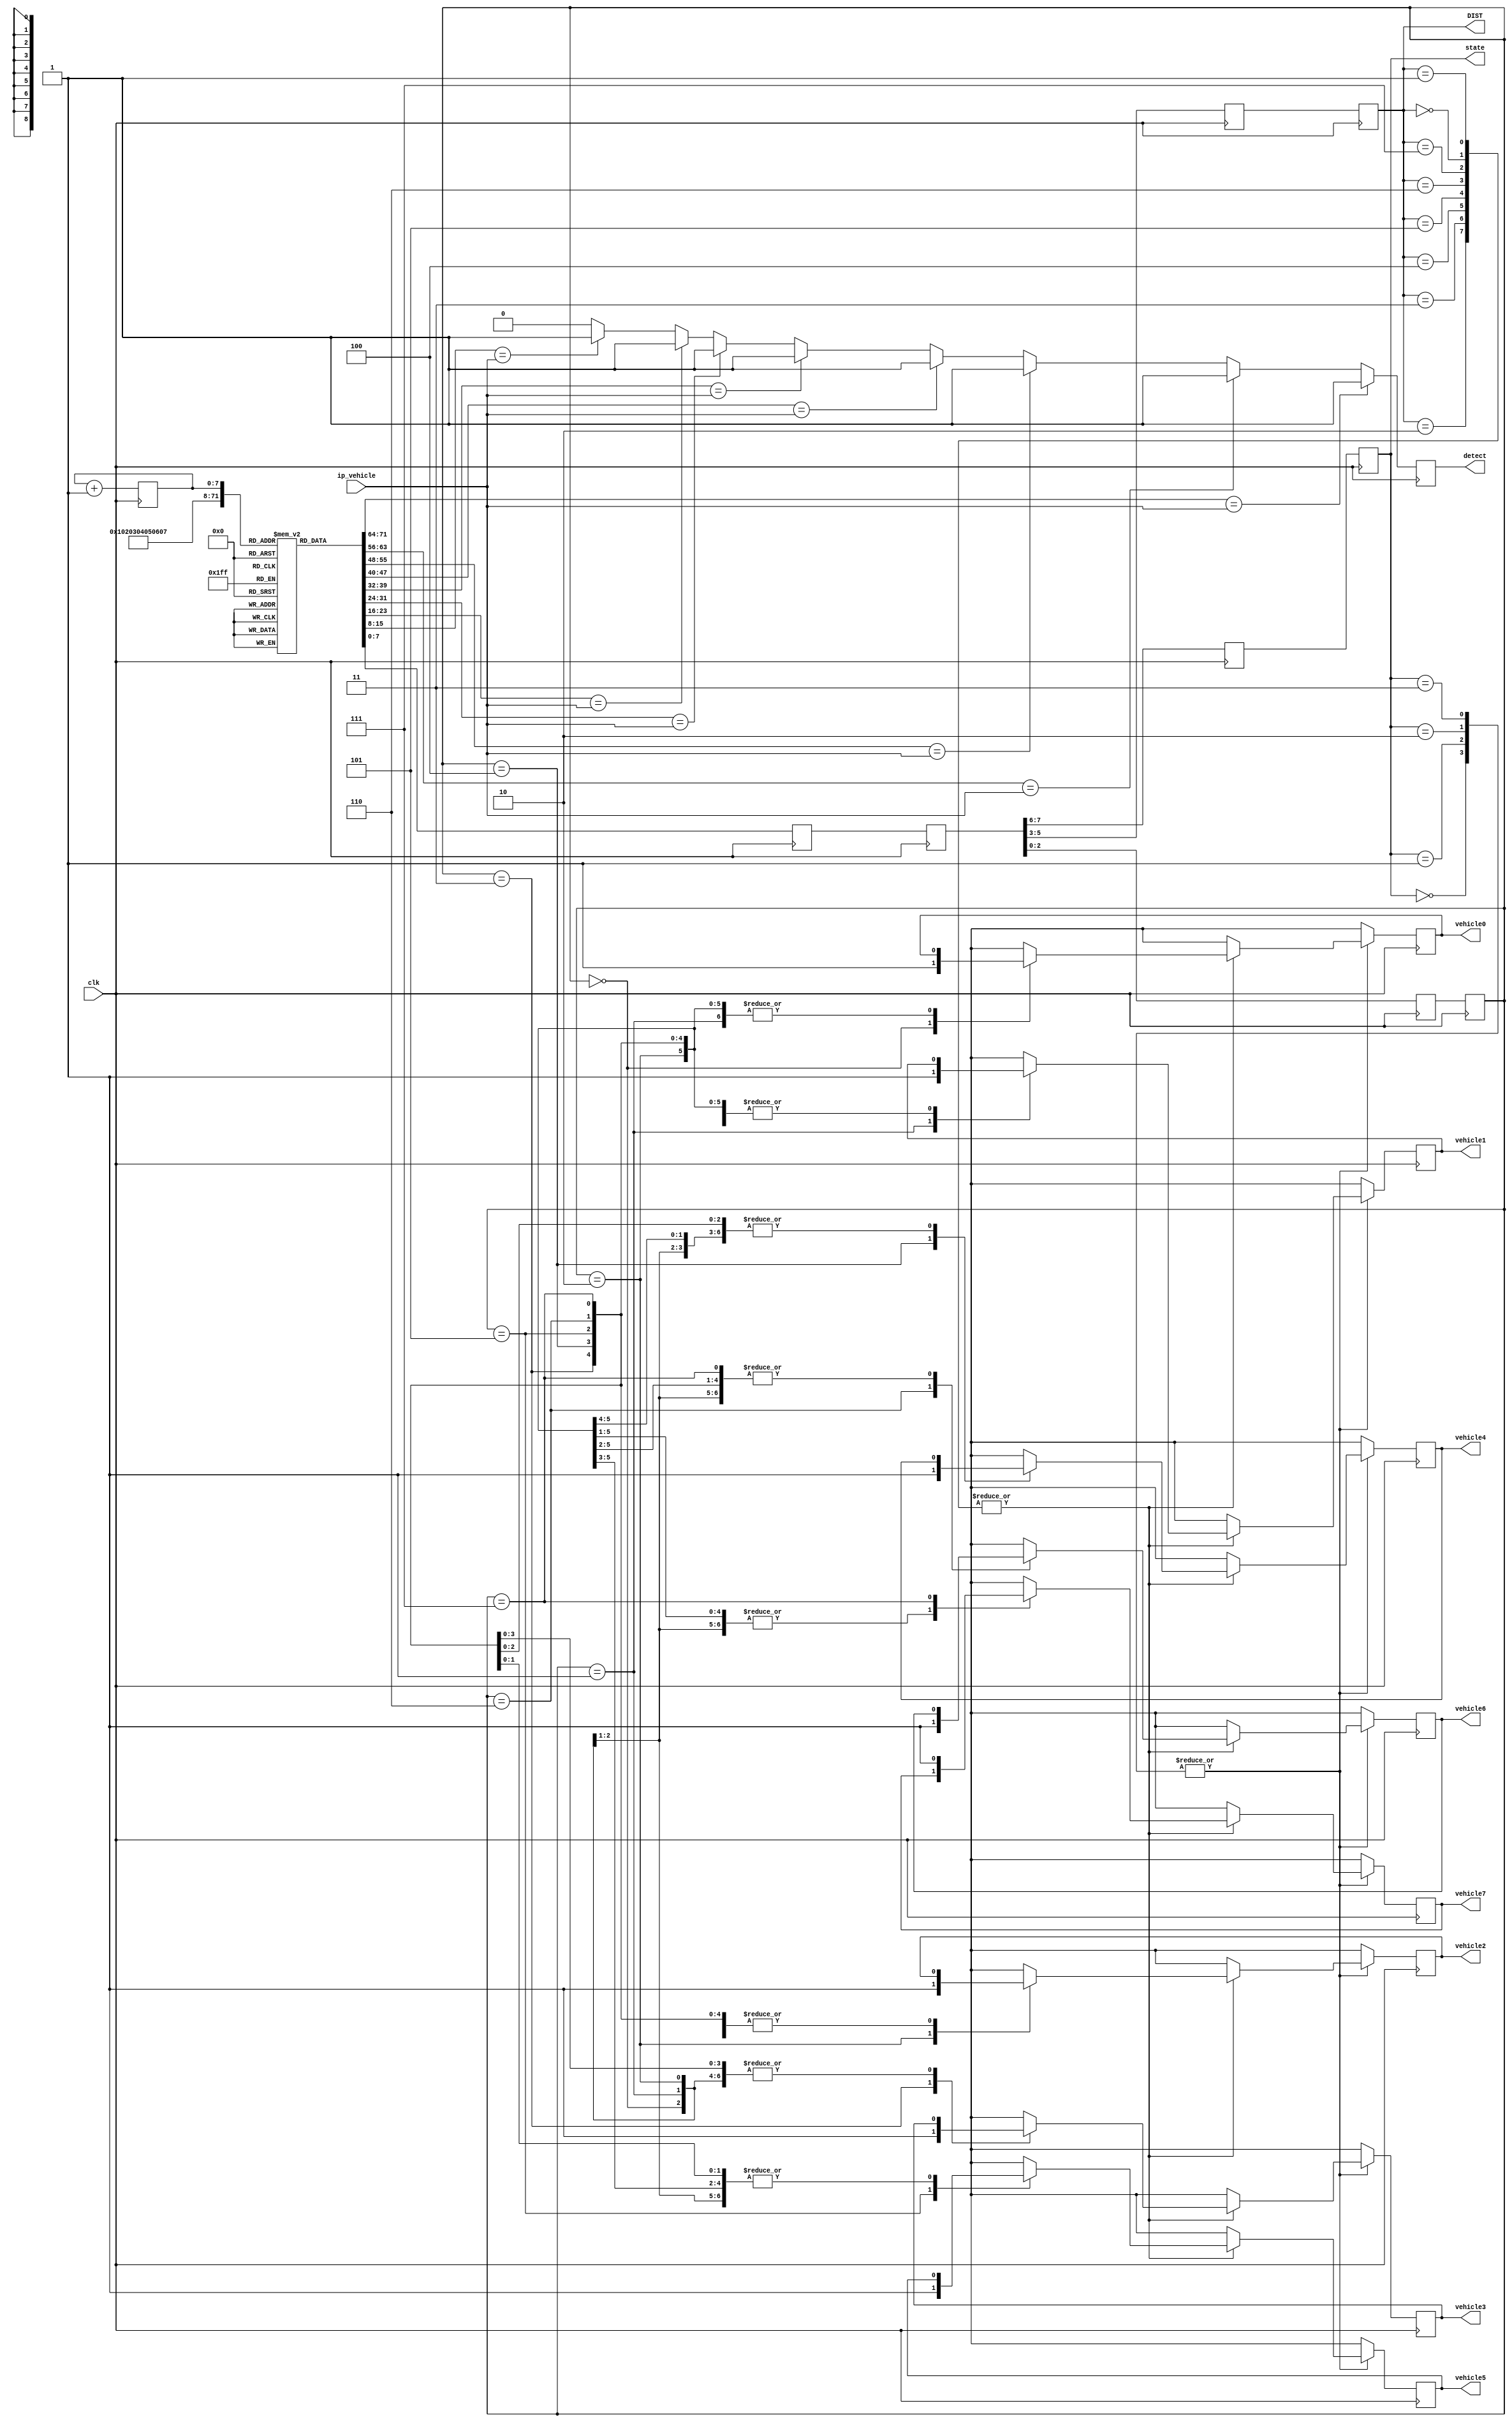
`timescale 1ns / 1ps
//////////////////////////////////////////////////////////////////////////////////
// Company: 
// Engineer: 
// 
// Design Name: 
// Module Name:    license_plate_recog 
// Project Name: 
// Target Devices: 
// Tool versions: 
// Description: 
//
// Dependencies: 
//
// Revision: 
// Revision 0.01 - File Created
// Additional Comments: 
//
//////////////////////////////////////////////////////////////////////////////////
module license_plate_recog(
input clk,
input [7:0]ip_vehicle,
output reg vehicle0,
output reg vehicle1,
output reg vehicle2,
output reg vehicle3,
output reg vehicle4,
output reg vehicle5,
output reg vehicle6,
output reg vehicle7,
output reg detect,
output [1:0]state,
output [2:0]DIST
);
	 
reg [7:0]mem[0:255];
reg [7:0]L1_IR,L2_IR;
reg [7:0]pc;
reg [1:0]L2_state,L3_state;
reg [2:0]L2_DIST,L3_DIST;
reg [2:0]L2_NUM,L3_NUM;

initial begin
mem[0] = 8'b00000000;   // VEHICLE 1 LICENSE NUMBER
mem[1] = 8'b01001001;   // VEHICLE 2 LICENSE NUMBER
mem[2] = 8'b10010010;   // VEHICLE 3 LICENSE NUMBER
mem[3] = 8'b11011011;   // VEHICLE 4 LICENSE NUMBER
mem[4] = 8'b00100100;   // VEHICLE 5 LICENSE NUMBER
mem[5] = 8'b01101101;   // VEHICLE 6 LICENSE NUMBER
mem[6] = 8'b10101110;   // VEHICLE 7 LICENSE NUMBER
mem[7] = 8'b11111111;   // VEHICLE 8 LICENSE NUMBER
pc = 0;
end

//parameter KA = 2'b00, GJ = 2'b01, BR = 2'b10, MH = 2'b11;
parameter KA = 2'b00, GJ = 2'b01, BR = 2'b10, MH = 2'b11;
parameter dist_1 = 3'b000,dist_2 = 3'b001,dist_3 = 3'b010, dist_4 = 3'b011,dist_5 = 3'b100,dist_6 = 3'b101,
			 dist_7 = 3'b110,dist_8 = 3'b111;
parameter vehicle_1 = 3'b000,vehicle_2 = 3'b001,vehicle_3 = 3'b010,vehicle_4 = 3'b011,vehicle_5 = 3'b100,
			 vehicle_6 = 3'b101,vehicle_7 = 3'b110,vehicle_8 = 3'b111;

always @(posedge clk)  //fetch cycle
begin
L1_IR <= mem[pc];
pc <= pc + 1;
end

always @(posedge clk)  //decode cycle
begin
L2_IR <= L1_IR;
L2_state <= L2_IR[7:6];
L2_DIST <= L2_IR[5:3];
L2_NUM <= L2_IR[2:0];
end

always @(posedge clk)    //execute cycle
begin 
L3_state <= L2_state;
L3_DIST <= L2_DIST;
L3_NUM <= L2_NUM;

  case(L3_state)
  KA:begin
	case(L3_DIST)
		dist_1:begin
			  case(L3_NUM)
				vehicle_1:vehicle0 = 1;
				vehicle_2:vehicle1 = 1;
				vehicle_3:vehicle2 = 1;
				vehicle_4:vehicle3 = 1;
				vehicle_5:vehicle4 = 1;
				vehicle_6:vehicle5 = 1;
				vehicle_7:vehicle6 = 1;
				vehicle_8:vehicle7 = 1;
		endcase
			end
			
		dist_2:begin
			case(L3_NUM)
			 vehicle_1:vehicle0 = 1;
			 vehicle_2:vehicle1 = 1;
		    vehicle_3:vehicle2 = 1;
			 vehicle_4:vehicle3 = 1;
			 vehicle_5:vehicle4 = 1;
			 vehicle_6:vehicle5 = 1;
			 vehicle_7:vehicle6 = 1;
			 vehicle_8:vehicle7 = 1;
		   endcase
			end
			
		dist_3:begin
			case(L3_NUM)
			vehicle_1:vehicle0 = 1;
			vehicle_2:vehicle1 = 1;
			vehicle_3:vehicle2 = 1;
			vehicle_4:vehicle3 = 1;
			vehicle_5:vehicle4 = 1;
			vehicle_6:vehicle5 = 1;
			vehicle_7:vehicle6 = 1;
			vehicle_8:vehicle7 = 1;
			endcase
			end
			
		dist_4:begin
			case(L3_NUM)
			vehicle_1:vehicle0 = 1;
			vehicle_2:vehicle1 = 1;
			vehicle_3:vehicle2 = 1;
			vehicle_4:vehicle3 = 1;
			vehicle_5:vehicle4 = 1;
			vehicle_6:vehicle5 = 1;
			vehicle_7:vehicle6 = 1;
			vehicle_8:vehicle7 = 1;
			endcase
			end
			
		dist_5:begin
			case(L3_NUM)
			vehicle_1:vehicle0 = 1;
			vehicle_2:vehicle1 = 1;
			vehicle_3:vehicle2 = 1;
			vehicle_4:vehicle3 = 1;
			vehicle_5:vehicle4 = 1;
			vehicle_6:vehicle5 = 1;
			vehicle_7:vehicle6 = 1;
			vehicle_8:vehicle7 = 1;
			endcase
			end
			
		dist_6:begin
			case(L3_NUM)
			vehicle_1:vehicle0 = 1;
			vehicle_2:vehicle1 = 1;
			vehicle_3:vehicle2 = 1;
			vehicle_4:vehicle3 = 1;
			vehicle_5:vehicle4 = 1;
			vehicle_6:vehicle5 = 1;
			vehicle_7:vehicle6 = 1;
			vehicle_8:vehicle7 = 1;
			endcase
			end
			
		dist_7:begin
		   case(L3_NUM)
			vehicle_1:vehicle0 = 1;
			vehicle_2:vehicle1 = 1;
			vehicle_3:vehicle2 = 1;
			vehicle_4:vehicle3 = 1;
			vehicle_5:vehicle4 = 1;
			vehicle_6:vehicle5 = 1;
			vehicle_7:vehicle6 = 1;
			vehicle_8:vehicle7 = 1;
			endcase
			end
			
		dist_8:begin
			case(L3_NUM)
			vehicle_1:vehicle0 = 1;
			vehicle_2:vehicle1 = 1;
			vehicle_3:vehicle2 = 1;
			vehicle_4:vehicle3 = 1;
			vehicle_5:vehicle4 = 1;
			vehicle_6:vehicle5 = 1;
			vehicle_7:vehicle6 = 1;
			vehicle_8:vehicle7 = 1;
			endcase
			end
			
	endcase
	end
			
	GJ:begin
		case(L3_DIST)
			dist_1:begin
			case(L3_NUM)
			vehicle_1:vehicle0 = 1;
			vehicle_2:vehicle1 = 1;
			vehicle_3:vehicle2 = 1;
			vehicle_4:vehicle3 = 1;
			vehicle_5:vehicle4 = 1;
			vehicle_6:vehicle5 = 1;
			vehicle_7:vehicle6 = 1;
			vehicle_8:vehicle7 = 1;
			endcase
			end
			
			dist_2:begin
			case(L3_NUM)
			vehicle_1:vehicle0 = 1;
			vehicle_2:vehicle1 = 1;
			vehicle_3:vehicle2 = 1;
			vehicle_4:vehicle3 = 1;
			vehicle_5:vehicle4 = 1;
			vehicle_6:vehicle5 = 1;
			vehicle_7:vehicle6 = 1;
			vehicle_8:vehicle7 = 1;
			endcase
			end
			
			dist_3:begin
			case(L3_NUM)
			vehicle_1:vehicle0 = 1;
			vehicle_2:vehicle1 = 1;
			vehicle_3:vehicle2 = 1;
			vehicle_4:vehicle3 = 1;
			vehicle_5:vehicle4 = 1;
			vehicle_6:vehicle5 = 1;
			vehicle_7:vehicle6 = 1;
			vehicle_8:vehicle7 = 1;
			endcase
			end
			
			dist_4:begin
			case(L3_NUM)
			vehicle_1:vehicle0 = 1;
			vehicle_2:vehicle1 = 1;
			vehicle_3:vehicle2 = 1;
			vehicle_4:vehicle3 = 1;
			vehicle_5:vehicle4 = 1;
			vehicle_6:vehicle5 = 1;
			vehicle_7:vehicle6 = 1;
			vehicle_8:vehicle7 = 1;
			endcase
			end
			
			dist_5:begin
			case(L3_NUM)
			vehicle_1:vehicle0 = 1;
			vehicle_2:vehicle1 = 1;
			vehicle_3:vehicle2 = 1;
			vehicle_4:vehicle3 = 1;
			vehicle_5:vehicle4 = 1;
			vehicle_6:vehicle5 = 1;
			vehicle_7:vehicle6 = 1;
			vehicle_8:vehicle7 = 1;
			endcase
			end
			
			dist_6:begin
			case(L3_NUM)
			vehicle_1:vehicle0 = 1;
			vehicle_2:vehicle1 = 1;
			vehicle_3:vehicle2 = 1;
			vehicle_4:vehicle3 = 1;
			vehicle_5:vehicle4 = 1;
			vehicle_6:vehicle5 = 1;
			vehicle_7:vehicle6 = 1;
			vehicle_8:vehicle7 = 1;
			endcase
			end
			
			dist_7:begin
			case(L3_NUM)
			vehicle_1:vehicle0 = 1;
			vehicle_2:vehicle1 = 1;
			vehicle_3:vehicle2 = 1;
			vehicle_4:vehicle3 = 1;
			vehicle_5:vehicle4 = 1;
			vehicle_6:vehicle5 = 1;
			vehicle_7:vehicle6 = 1;
			vehicle_8:vehicle7 = 1;
			endcase
			end
			
			dist_8:begin
			case(L3_NUM)
			vehicle_1:vehicle0 = 1;
			vehicle_2:vehicle1 = 1;
			vehicle_3:vehicle2 = 1;
			vehicle_4:vehicle3 = 1;
			vehicle_5:vehicle4 = 1;
			vehicle_6:vehicle5 = 1;
			vehicle_7:vehicle6 = 1;
			vehicle_8:vehicle7 = 1;
			endcase
			end
			
		endcase
		end
		
	BR:begin
		case(L3_DIST)
			dist_1:begin
			case(L3_NUM)
			vehicle_1:vehicle0 = 1;
			vehicle_2:vehicle1 = 1;
			vehicle_3:vehicle2 = 1;
			vehicle_4:vehicle3 = 1;
			vehicle_5:vehicle4 = 1;
			vehicle_6:vehicle5 = 1;
			vehicle_7:vehicle6 = 1;
			vehicle_8:vehicle7 = 1;
			endcase
			end
			
			dist_2:begin
			case(L3_NUM)
			vehicle_1:vehicle0 = 1;
			vehicle_2:vehicle1 = 1;
			vehicle_3:vehicle2 = 1;
			vehicle_4:vehicle3 = 1;
			vehicle_5:vehicle4 = 1;
			vehicle_6:vehicle5 = 1;
			vehicle_7:vehicle6 = 1;
			vehicle_8:vehicle7 = 1;
			endcase
			end
			
			dist_3:begin
			case(L3_NUM)
			vehicle_1:vehicle0 = 1;
			vehicle_2:vehicle1 = 1;
			vehicle_3:vehicle2 = 1;
			vehicle_4:vehicle3 = 1;
			vehicle_5:vehicle4 = 1;
			vehicle_6:vehicle5 = 1;
			vehicle_7:vehicle6 = 1;
			vehicle_8:vehicle7 = 1;
			endcase
			end
			
			dist_4:begin
			case(L3_NUM)
			vehicle_1:vehicle0 = 1;
			vehicle_2:vehicle1 = 1;
			vehicle_3:vehicle2 = 1;
			vehicle_4:vehicle3 = 1;
			vehicle_5:vehicle4 = 1;
			vehicle_6:vehicle5 = 1;
			vehicle_7:vehicle6 = 1;
			vehicle_8:vehicle7 = 1;
			endcase
			end
			
			dist_5:begin
			case(L3_NUM)
			vehicle_1:vehicle0 = 1;
			vehicle_2:vehicle1 = 1;
			vehicle_3:vehicle2 = 1;
			vehicle_4:vehicle3 = 1;
			vehicle_5:vehicle4 = 1;
			vehicle_6:vehicle5 = 1;
			vehicle_7:vehicle6 = 1;
			vehicle_8:vehicle7 = 1;
			endcase
			end
			
			dist_6:begin
			case(L3_NUM)
			vehicle_1:vehicle0 = 1;
			vehicle_2:vehicle1 = 1;
			vehicle_3:vehicle2 = 1;
			vehicle_4:vehicle3 = 1;
			vehicle_5:vehicle4 = 1;
			vehicle_6:vehicle5 = 1;
			vehicle_7:vehicle6 = 1;
			vehicle_8:vehicle7 = 1;
			endcase
			end
			
			dist_7:begin
			case(L3_NUM)
			vehicle_1:vehicle0 = 1;
			vehicle_2:vehicle1 = 1;
			vehicle_3:vehicle2 = 1;
			vehicle_4:vehicle3 = 1;
			vehicle_5:vehicle4 = 1;
			vehicle_6:vehicle5 = 1;
			vehicle_7:vehicle6 = 1;
			vehicle_8:vehicle7 = 1;
			endcase
			end
			
			dist_8:begin
			case(L3_NUM)
			vehicle_1:vehicle0 = 1;
			vehicle_2:vehicle1 = 1;
			vehicle_3:vehicle2 = 1;
			vehicle_4:vehicle3 = 1;
			vehicle_5:vehicle4 = 1;
			vehicle_6:vehicle5 = 1;
			vehicle_7:vehicle6 = 1;
			vehicle_8:vehicle7 = 1;
			endcase
			end
			
		endcase
		end
		
	MH:begin
		case(L3_DIST)
			dist_1:begin
			case(L3_NUM)
			vehicle_1:vehicle0 = 1;
			vehicle_2:vehicle1 = 1;
			vehicle_3:vehicle2 = 1;
			vehicle_4:vehicle3 = 1;
			vehicle_5:vehicle4 = 1;
			vehicle_6:vehicle5 = 1;
			vehicle_7:vehicle6 = 1;
			vehicle_8:vehicle7 = 1;
			endcase
			end
			
			dist_2:begin
			case(L3_NUM)
			vehicle_1:vehicle0 = 1;
			vehicle_2:vehicle1 = 1;
			vehicle_3:vehicle2 = 1;
			vehicle_4:vehicle3 = 1;
			vehicle_5:vehicle4 = 1;
			vehicle_6:vehicle5 = 1;
			vehicle_7:vehicle6 = 1;
			vehicle_8:vehicle7 = 1;
			endcase
			end
			
			dist_3:begin
			case(L3_NUM)
			vehicle_1:vehicle0 = 1;
			vehicle_2:vehicle1 = 1;
			vehicle_3:vehicle2 = 1;
			vehicle_4:vehicle3 = 1;
			vehicle_5:vehicle4 = 1;
			vehicle_6:vehicle5 = 1;
			vehicle_7:vehicle6 = 1;
			vehicle_8:vehicle7 = 1;
			endcase
			end
			
			dist_4:begin
			case(L3_NUM)
			vehicle_1:vehicle0 = 1;
			vehicle_2:vehicle1 = 1;
			vehicle_3:vehicle2 = 1;
			vehicle_4:vehicle3 = 1;
			vehicle_5:vehicle4 = 1;
			vehicle_6:vehicle5 = 1;
			vehicle_7:vehicle6 = 1;
			vehicle_8:vehicle7 = 1;
			endcase
			end
			
			dist_5:begin
			case(L3_NUM)
			vehicle_1:vehicle0 = 1;
			vehicle_2:vehicle1 = 1;
			vehicle_3:vehicle2 = 1;
			vehicle_4:vehicle3 = 1;
			vehicle_5:vehicle4 = 1;
			vehicle_6:vehicle5 = 1;
			vehicle_7:vehicle6 = 1;
			vehicle_8:vehicle7 = 1;
			endcase
			end
			
			dist_6:begin
			case(L3_NUM)
			vehicle_1:vehicle0 = 1;
			vehicle_2:vehicle1 = 1;
			vehicle_3:vehicle2 = 1;
			vehicle_4:vehicle3 = 1;
			vehicle_5:vehicle4 = 1;
			vehicle_6:vehicle5 = 1;
			vehicle_7:vehicle6 = 1;
			vehicle_8:vehicle7 = 1;
			endcase
			end
			
			dist_7:begin
			case(L3_NUM)
			vehicle_1:vehicle0 = 1;
			vehicle_2:vehicle1 = 1;
			vehicle_3:vehicle2 = 1;
			vehicle_4:vehicle3 = 1;
			vehicle_5:vehicle4 = 1;
			vehicle_6:vehicle5 = 1;
			vehicle_7:vehicle6 = 1;
			vehicle_8:vehicle7 = 1;
			endcase
			end
			
			dist_8:begin
			case(L3_NUM)
			vehicle_1:vehicle0 = 1;
			vehicle_2:vehicle1 = 1;
			vehicle_3:vehicle2 = 1;
			vehicle_4:vehicle3 = 1;
			vehicle_5:vehicle4 = 1;
			vehicle_6:vehicle5 = 1;
			vehicle_7:vehicle6 = 1;
			vehicle_8:vehicle7 = 1;
			endcase
			end
			
		default:{vehicle0,vehicle1,vehicle2,vehicle3,vehicle4,vehicle5,vehicle6,vehicle7} = 8'h00;
	endcase
	end
	
	endcase
	end

	assign state = L3_state;
	assign DIST = L3_DIST;
	
	always@(posedge clk)
	begin
		//{vehicle0,vehicle1,vehicle2,vehicle3,vehicle4,vehicle5,vehicle6,vehicle7}=8'h00;
		detect=0;

		if(mem[0]==ip_vehicle)
		begin
		//	vehicle0=1;
			detect=1;
		end
		else if(mem[1]==ip_vehicle)
		begin
		//	vehicle1=1;
			detect=1;
		end
		else if(mem[2]==ip_vehicle)
		begin
		//	vehicle2=1;
			detect=1;
		end
		else if(mem[3]==ip_vehicle)
		begin
		//	vehicle3=1;
			detect=1;
		end
		else if(mem[4]==ip_vehicle)
		begin
		//	vehicle4=1;
			detect=1;
		end
		else if(mem[5]==ip_vehicle)
		begin
		//	vehicle5=1;
			detect=1;
		end
		else if(mem[6]==ip_vehicle)
		begin
		//	vehicle6=1;
			detect=1;
		end
		else if(mem[7]==ip_vehicle)
		begin
		//	vehicle7=1;
			detect=1;
		end
		else 
		begin
		//	{vehicle0,vehicle1,vehicle2,vehicle3,vehicle4,vehicle5,vehicle6,vehicle7}=8'h00;
			detect=0;
		end
	
	end

endmodule